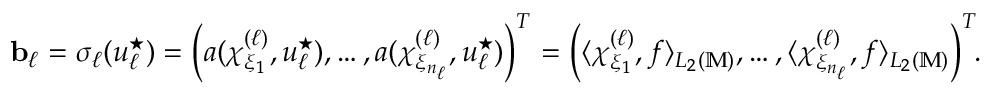
\begin{array} { r } { \boldsymbol { \mathbf { b } } _ { \ell } = \sigma _ { \ell } ( u _ { \ell } ^ { \star } ) = \left( a ( \chi _ { \xi _ { 1 } } ^ { ( \ell ) } , u _ { \ell } ^ { \star } ) , \dots , a ( \chi _ { \xi _ { n _ { \ell } } } ^ { ( \ell ) } , u _ { \ell } ^ { \star } ) \right) ^ { T } = \left( \langle \chi _ { \xi _ { 1 } } ^ { ( \ell ) } , f \rangle _ { L _ { 2 } ( \mathbb { M } ) } , \dots , \langle \chi _ { \xi _ { n _ { \ell } } } ^ { ( \ell ) } , f \rangle _ { L _ { 2 } ( \mathbb { M } ) } \right) ^ { T } \! \! . } \end{array}